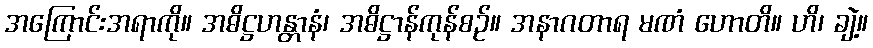
အကြောင်းအရာကို။ အဓိဋ္ဌဟန္တာနံ၊ အဓိဋ္ဌာန်ကုန်စဉ်။ အနာဂတာရ မဏံ ဟောတိ။ ဟိ၊ ချဲ့။